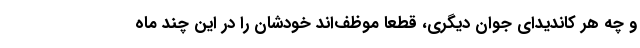
و چه هر کاندیدای جوان دیگری، قطعا موظف‌اند خودشان را در این چند ماه